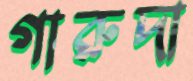
গারুদা